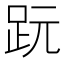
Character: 𧿙